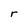
Character: r